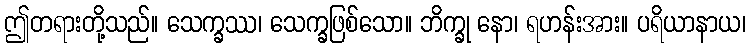
ဤတရားတို့သည်။ သေက္ခဿ၊ သေက္ခဖြစ်သော။ ဘိက္ခု နော၊ ရဟန်းအား။ ပရိယာနာယ၊